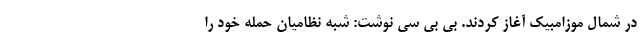
در شمال موزامبیک آغاز کردند. بی بی سی نوشت: شبه نظامیان حمله خود را